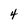
Character: 4